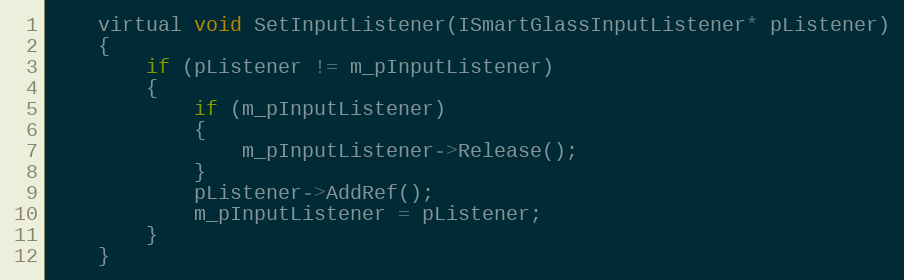
Language: C
	virtual void SetInputListener(ISmartGlassInputListener* pListener)
	{
		if (pListener != m_pInputListener)
		{
			if (m_pInputListener)
			{
				m_pInputListener->Release();
			}
			pListener->AddRef();
			m_pInputListener = pListener;
		}
	}